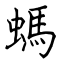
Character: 螞